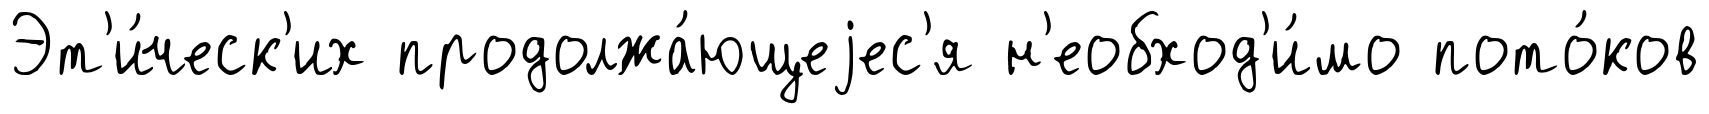
Эт'и́ческ'их продолжа́ющеjес'я н'еобход'и́мо пото́ков